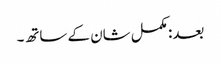
بعد: مکمل شان کے ساتھ۔